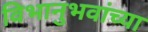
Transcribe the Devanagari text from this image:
विभानुभवांच्या